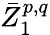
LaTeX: {\bar{Z}}_{1}^{p,q}